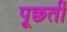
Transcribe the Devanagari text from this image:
पूछतीं